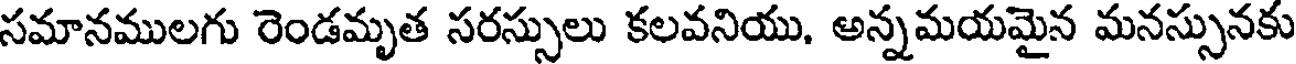
సమానములగు రెండమృత సరస్సులు కలవనియు, అన్నమయమైన మనస్సునకు